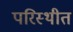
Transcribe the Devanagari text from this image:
परिस्थीत